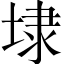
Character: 埭